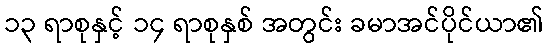
၁၃ ရာစုနှင့် ၁၄ ရာစုနှစ် အတွင်း ခမာအင်ပိုင်ယာ၏